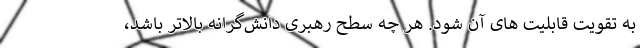
به تقویت قابلیت های آن ‌شود. هر چه سطح رهبری دانش‌گرانه بالاتر باشد،